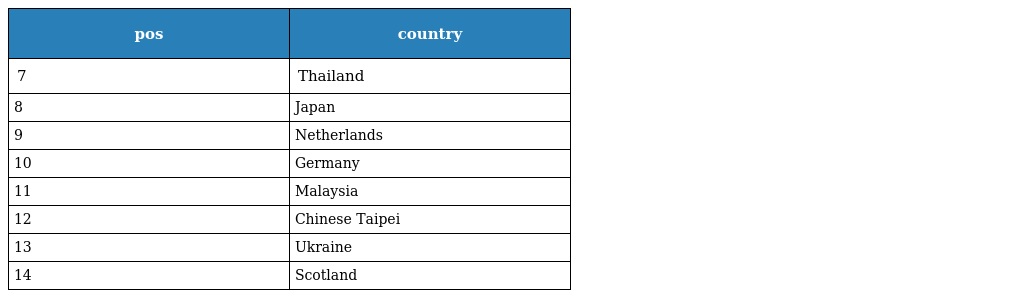
| pos | country |
 | --- | --- |
 | 7 | Thailand |
 | 8 | Japan |
 | 9 | Netherlands |
 | 10 | Germany |
 | 11 | Malaysia |
 | 12 | Chinese Taipei |
 | 13 | Ukraine |
 | 14 | Scotland |